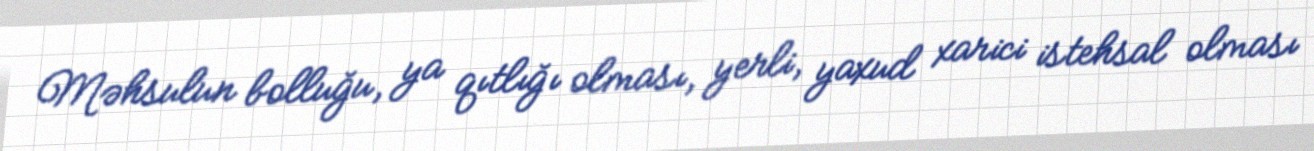
Məhsulun bolluğu, ya qıtlığı olması, yerli, yaxud xarici istehsal olması